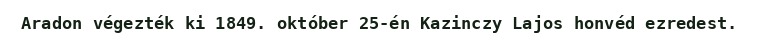
Aradon végezték ki 1849. október 25-én Kazinczy Lajos honvéd ezredest.